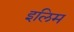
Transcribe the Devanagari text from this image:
इलिम